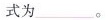
式为___。